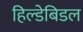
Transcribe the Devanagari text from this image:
हिल्डेबिडल